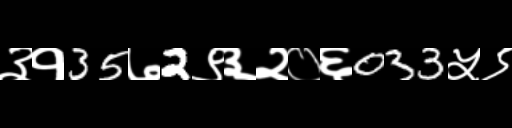
Text: ३१35७2९३२०६033५९